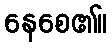
နေစေ၏။